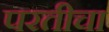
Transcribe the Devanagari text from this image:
परतीचा